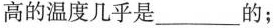
高的温度几乎是________的；